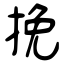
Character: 挽